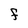
Character: f